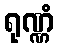
ရုဏ္ဏံ